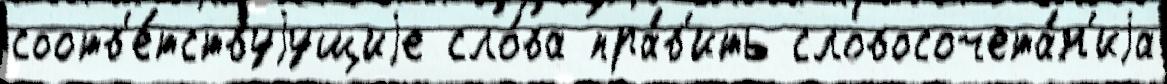
соотв'е́тствуjущиjе сло́ва пра́в'ить словосочета́н'иjа